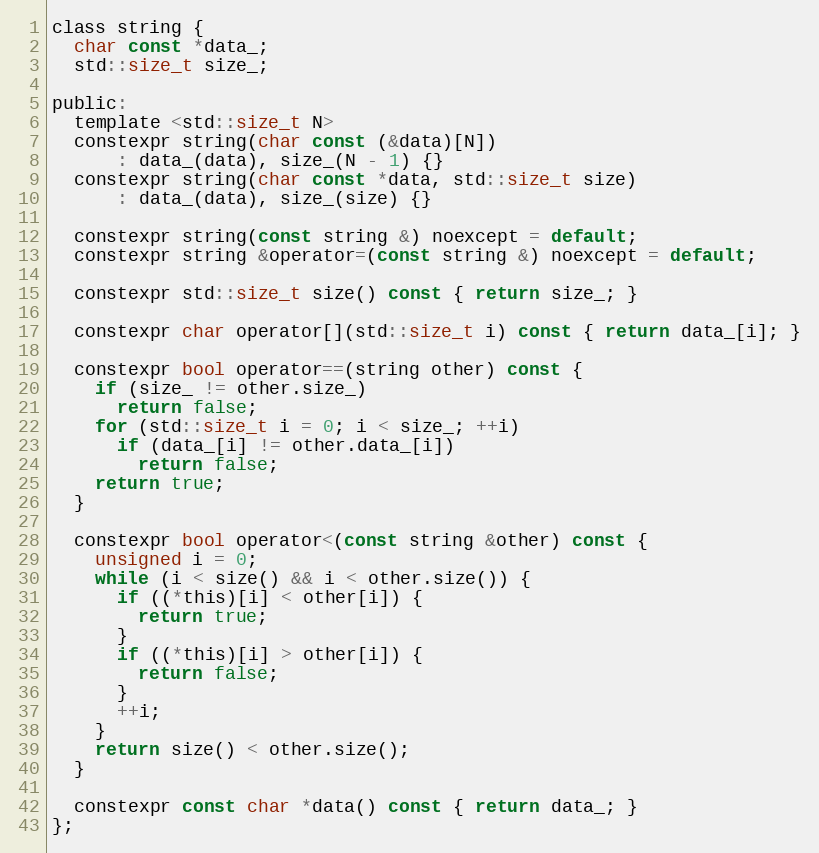
Language: C
class string {
  char const *data_;
  std::size_t size_;

public:
  template <std::size_t N>
  constexpr string(char const (&data)[N])
      : data_(data), size_(N - 1) {}
  constexpr string(char const *data, std::size_t size)
      : data_(data), size_(size) {}

  constexpr string(const string &) noexcept = default;
  constexpr string &operator=(const string &) noexcept = default;

  constexpr std::size_t size() const { return size_; }

  constexpr char operator[](std::size_t i) const { return data_[i]; }

  constexpr bool operator==(string other) const {
    if (size_ != other.size_)
      return false;
    for (std::size_t i = 0; i < size_; ++i)
      if (data_[i] != other.data_[i])
        return false;
    return true;
  }

  constexpr bool operator<(const string &other) const {
    unsigned i = 0;
    while (i < size() && i < other.size()) {
      if ((*this)[i] < other[i]) {
        return true;
      }
      if ((*this)[i] > other[i]) {
        return false;
      }
      ++i;
    }
    return size() < other.size();
  }

  constexpr const char *data() const { return data_; }
};